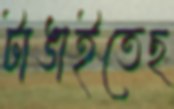
টাঙাইতেছ